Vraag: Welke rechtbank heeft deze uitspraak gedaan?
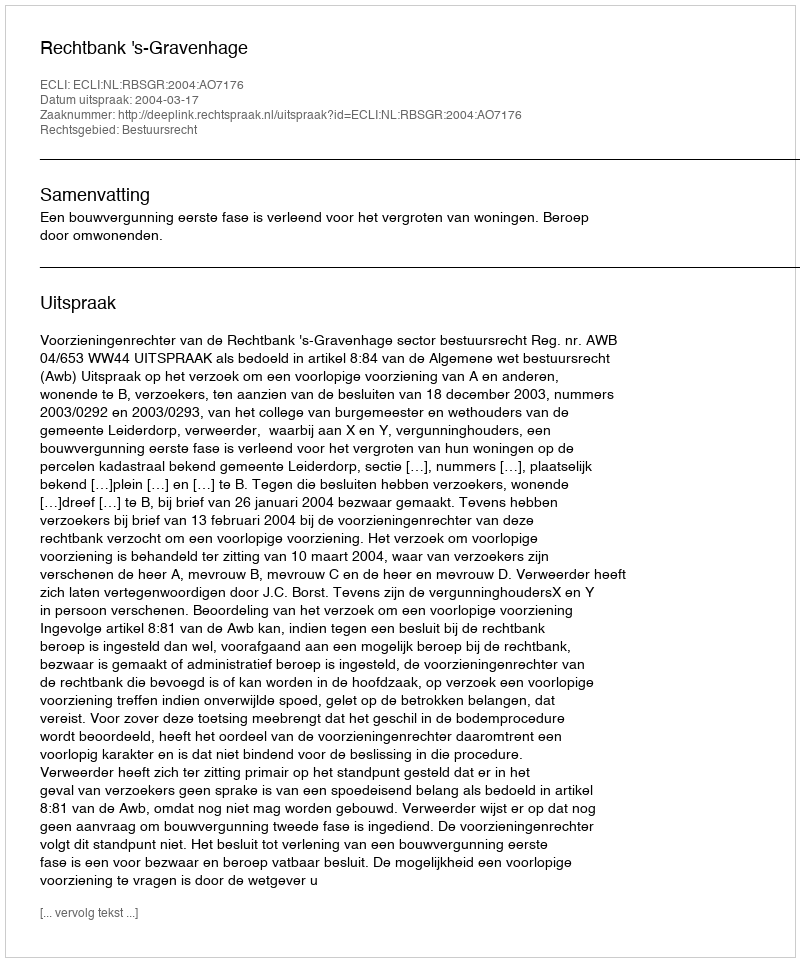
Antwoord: Rechtbank 's-Gravenhage